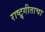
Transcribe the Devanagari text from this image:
राष्ट्र्गीताचा